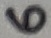
Text: 6